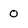
Character: 0